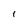
Character: l